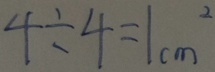
4 \div 4 = 1 c m ^ { 2 }